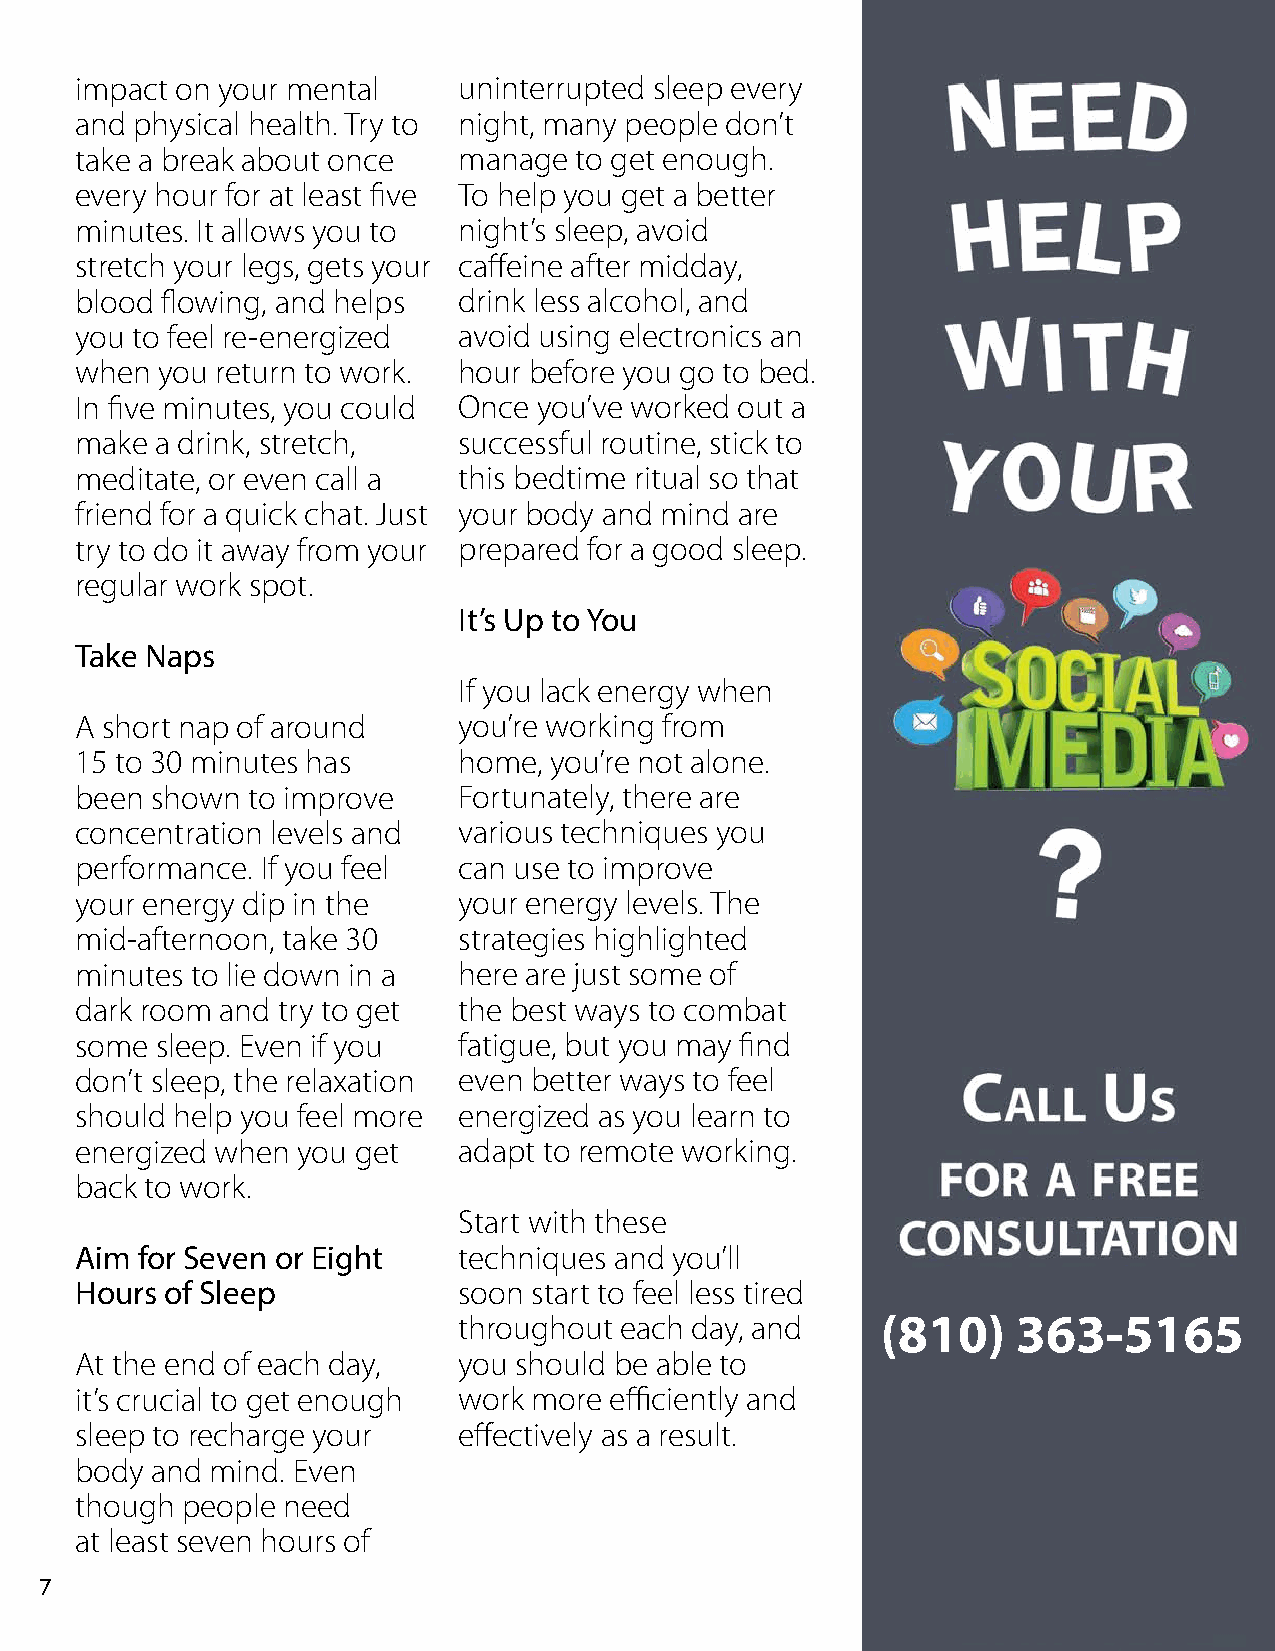
impact on your mental    uninterrupted sleep every
 and physical health. Try to night, many people don’t
 take a break about once  manage  to get enough.
 every hour for at least five To help you get a better
 minutes. It allows you to night’s sleep, avoid
 stretch your legs, gets your caffeine after midday,
 blood flowing, and helps drink less alcohol, and
 you to feel re-energized avoid using electronics an
 when you return to work. hour before you go to bed.
 In five minutes, you could Once you’ve worked out a
 make a drink, stretch,   successful routine, stick to
 meditate, or even call a this bedtime ritual so that
 friend for a quick chat. Just your body and mind are
 try to do it away from your prepared for a good sleep.
 regular work spot.
 It’s Up to You
 Take Naps
 If you lack energy when
 A short nap of around    you’re working from
 15 to 30 minutes has     home, you’re not alone.
 been shown to improve    Fortunately, there are
 concentration levels and various techniques you
 performance. If you feel can use to improve
 your energy dip in the   your energy levels. The
 mid-afternoon, take 30   strategies highlighted
 minutes to lie down in a here are just some of
 dark room and try to get the best ways to combat
 some sleep. Even if you  fatigue, but you may find
 don’t sleep, the relaxation even better ways to feel
 should help you feel more energized as you learn to
 energized when you get   adapt to remote working.
 back to work.
 Start with these
 Aim for Seven or Eight   techniques and you’ll
 Hours of Sleep           soon start to feel less tired
 throughout each day, and    (810)    363-5165
 At the end of each day,  you should be able to
 it’s crucial to get enough work more efficiently and
 sleep to recharge your   effectively as a result.
 body and mind. Even
 though people need
 at least seven hours of
 7